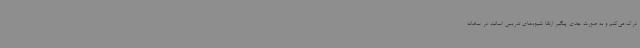
درک می‌کنم و به صورت جدی پیگیر ارتقا شیوه‌های تدریس اساتید در سامانه‌